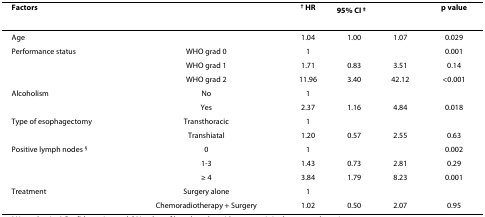
<table><thead><tr><td><b>Factors</b></td><td></td><td><b><sup>† </sup>HR</b></td><td colspan="2"><b>95% CI <sup>‡</sup></b></td><td><b>p value</b></td></tr></thead><tbody><tr><td>Age</td><td></td><td>1.04</td><td>1.00</td><td>1.07</td><td>0.029</td></tr><tr><td>Performance status</td><td>WHO grad 0</td><td>1</td><td></td><td></td><td>0.001</td></tr><tr><td></td><td>WHO grad 1</td><td>1.71</td><td>0.83</td><td>3.51</td><td>0.14</td></tr><tr><td></td><td>WHO grad 2</td><td>11.96</td><td>3.40</td><td>42.12</td><td>&lt;0.001</td></tr><tr><td>Alcoholism</td><td>No</td><td>1</td><td></td><td></td><td></td></tr><tr><td></td><td>Yes</td><td>2.37</td><td>1.16</td><td>4.84</td><td>0.018</td></tr><tr><td>Type of esophagectomy</td><td>Transthoracic</td><td>1</td><td></td><td></td><td></td></tr><tr><td></td><td>Transhiatal</td><td>1.20</td><td>0.57</td><td>2.55</td><td>0.63</td></tr><tr><td>Positive lymph nodes <sup>§</sup></td><td>0</td><td>1</td><td></td><td></td><td>0.002</td></tr><tr><td></td><td>1-3</td><td>1.43</td><td>0.73</td><td>2.81</td><td>0.29</td></tr><tr><td></td><td>≥ 4</td><td>3.84</td><td>1.79</td><td>8.23</td><td>0.001</td></tr><tr><td>Treatment</td><td>Surgery alone</td><td>1</td><td></td><td></td><td></td></tr><tr><td></td><td>Chemoradiotherapy + Surgery</td><td>1.02</td><td>0.50</td><td>2.07</td><td>0.95</td></tr></tbody></table>